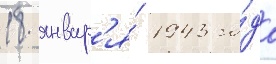
18 январ'я́ 1943 го́да